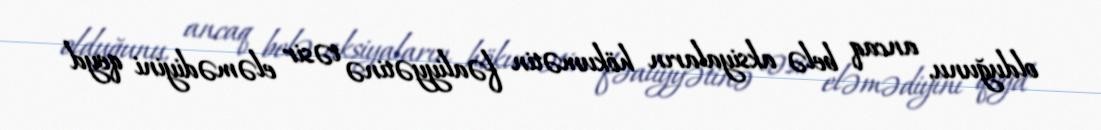
olduğunu, ancaq belə aksiyaların hökumətin fəaliyyətinə təsir eləmədiyini qeyd